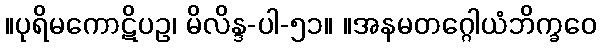
။ပုရိမကောဋိပဥ၊ မိလိန္ဒ-ပါ-၅၁။ ။အနမတဂ္ဂေါယံဘိက္ခဝေ